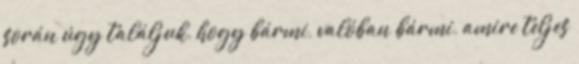
során úgy találjuk, hogy bármi, valóban bármi, amire teljes